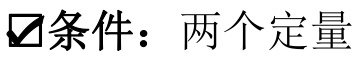
✔条件：两个定量